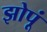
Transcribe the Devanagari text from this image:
झोपूं